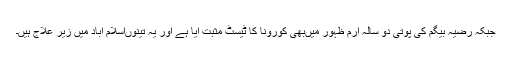
جبکہ رضیہ بیگم کی پوتی دو سالہ ارم ظہور میںبھی کورونا کا ٹیسٹ مثبت آیا ہے اور یہ تینوںاسلام آباد میں زیر علاج ہیں۔